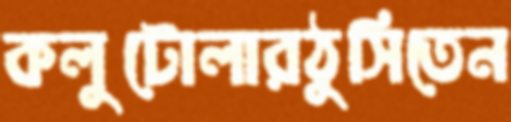
কলুটোলারঠুসিতেন